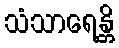
သံသာရေန္တိ